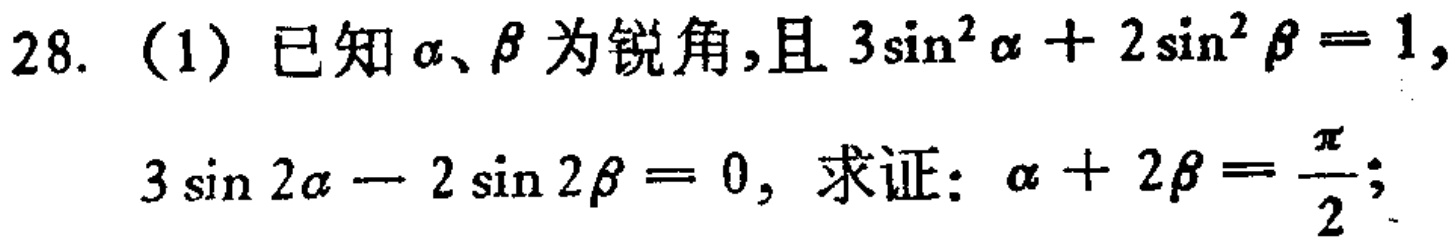
28. (1) 已知\(\alpha、\beta\)为锐角，且\(3\sin^{2}\alpha + 2\sin^{2}\beta = 1\)，\(3\sin 2\alpha - 2\sin 2\beta = 0\)，求证：\(\alpha + 2\beta = \frac{\pi}{2}\)；